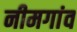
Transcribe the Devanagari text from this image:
नीमगांव